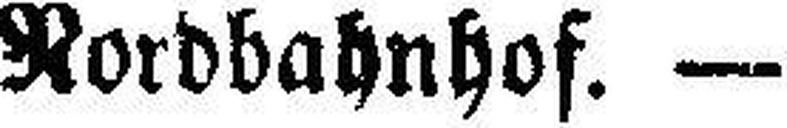
Nordbahnhof. —